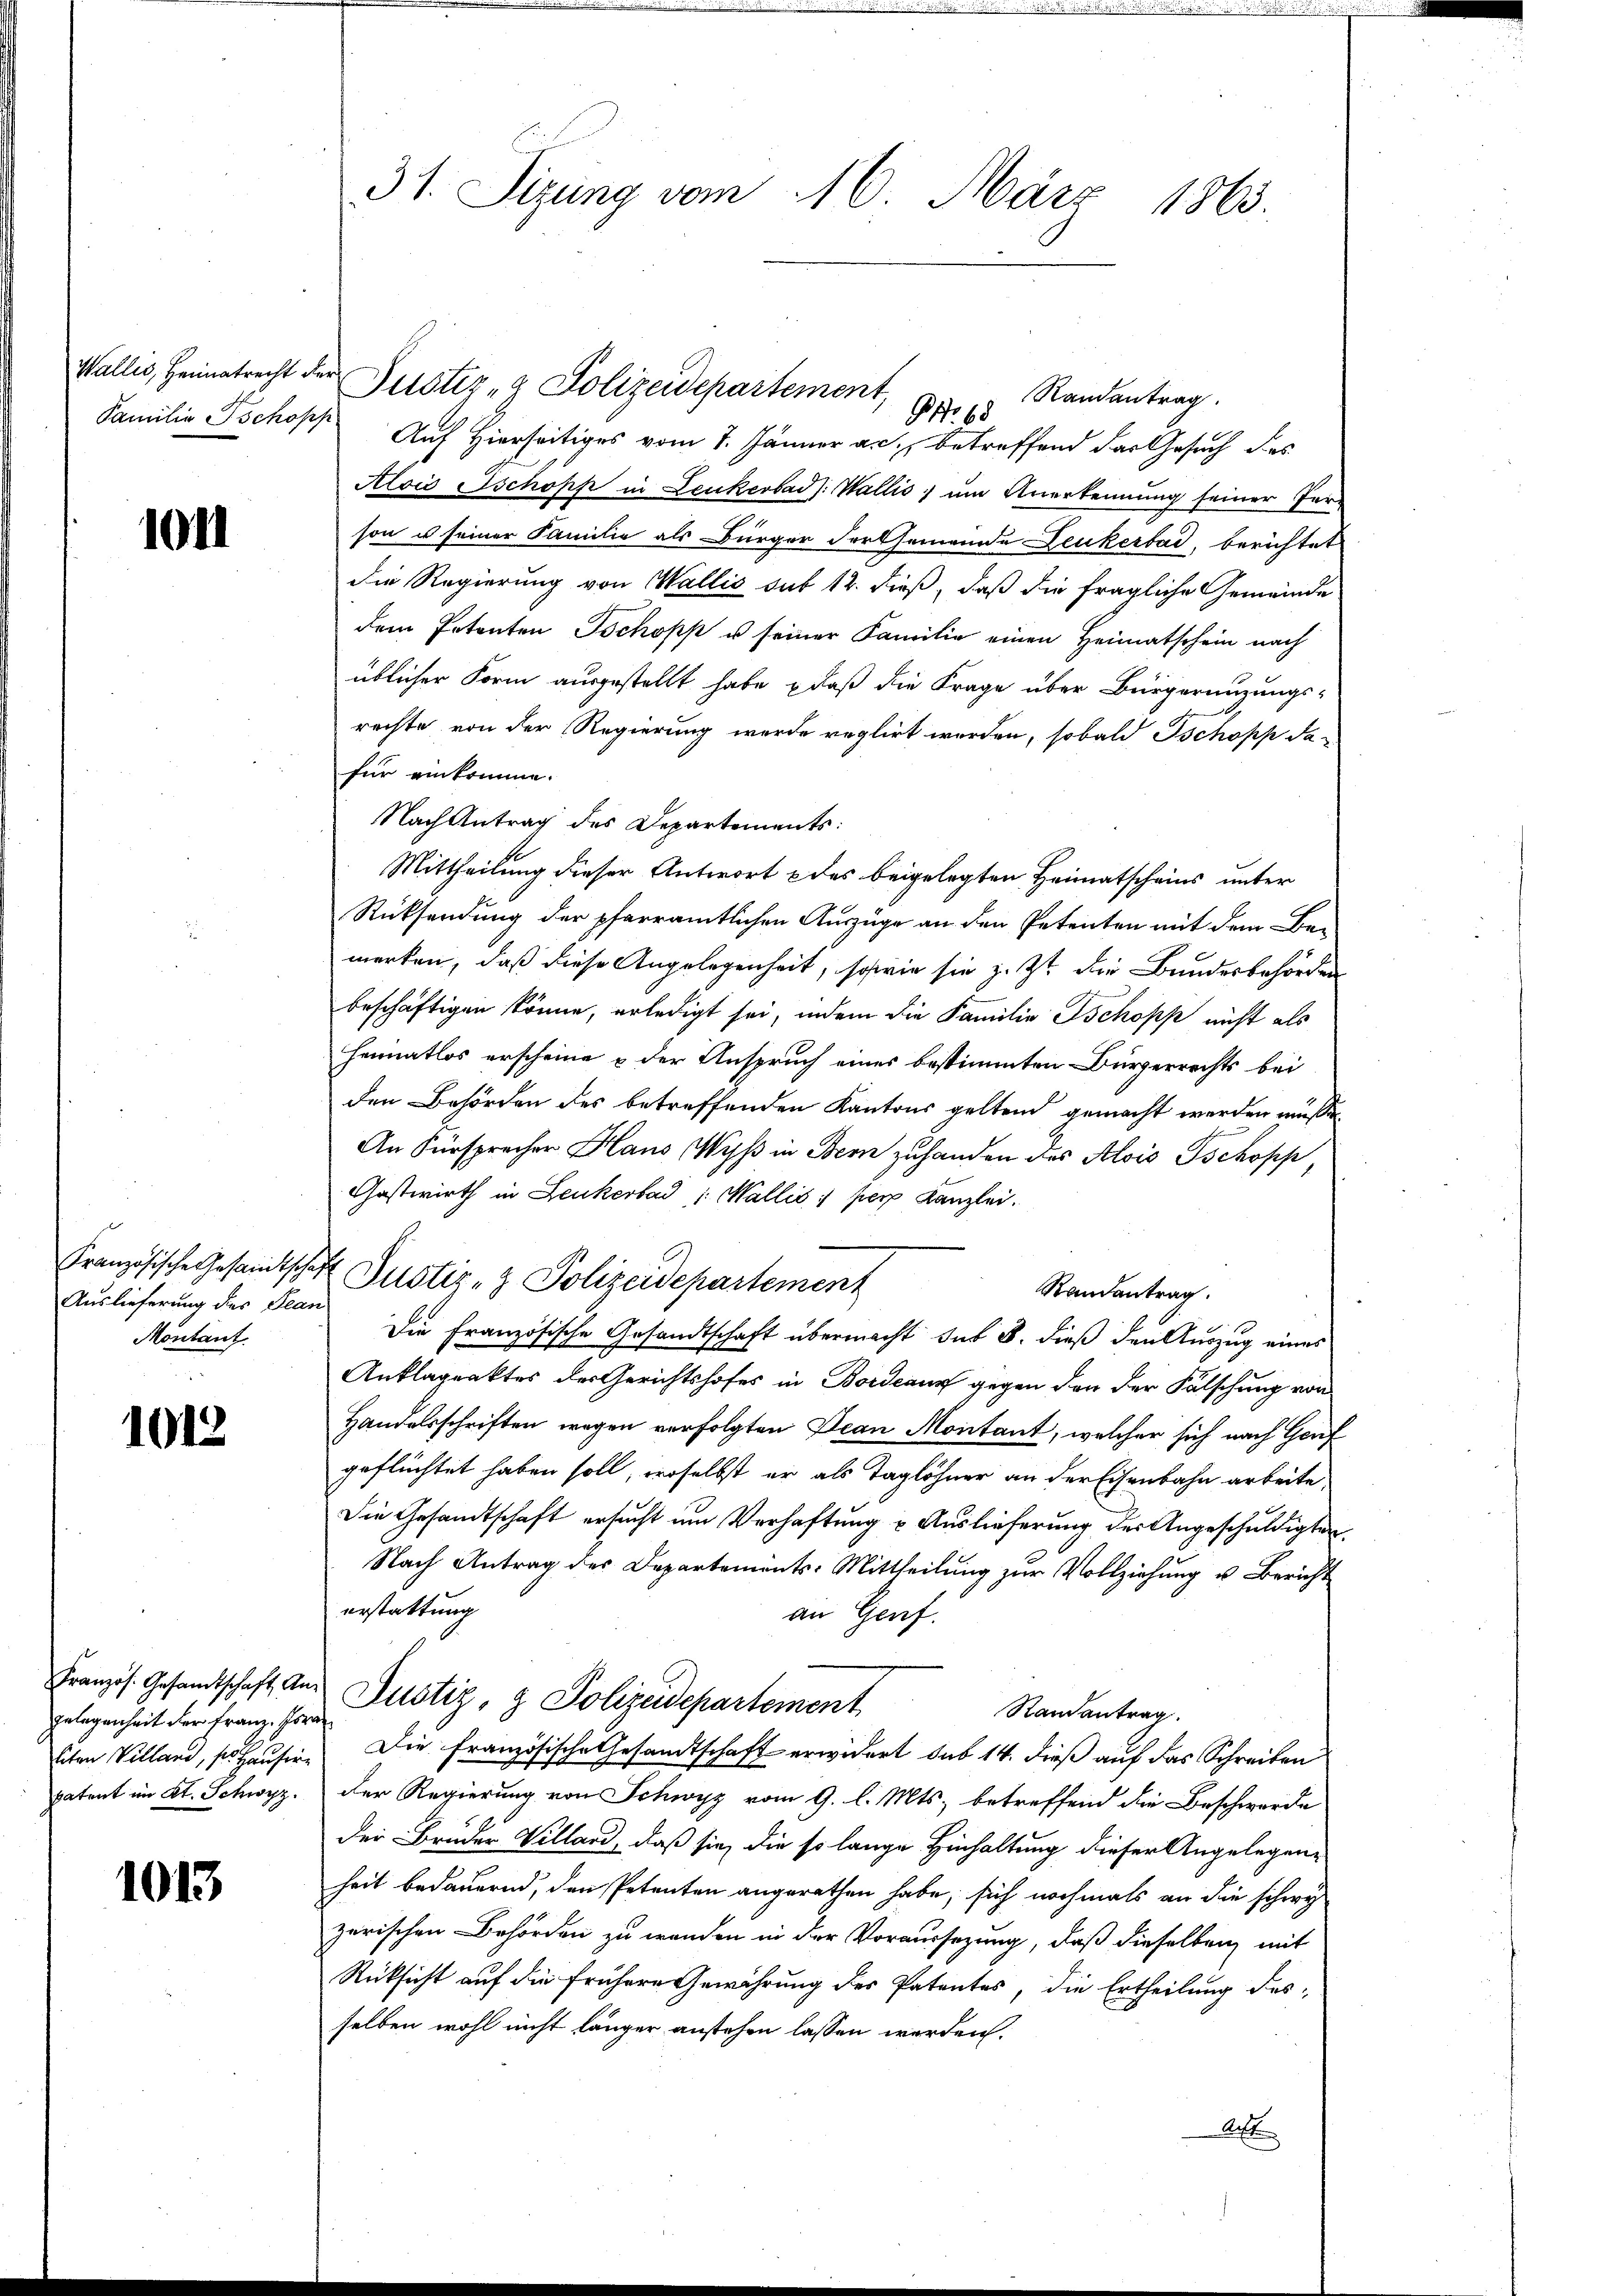
Wallis, Heimatrecht der
Familie schopp

1011

Auslieferung des Jean
Montant.

1012

gelegenheit der Franz. Israe
patent im Kt. Schwyz.

1013

Justiz- & Polizeidepartement,
Randantrag.
G. 88
Auf Hierseitiges vom 7. Jänner an, betreffend das Gesuch des
Alois schopf in Leukerbad): Wallis, um Anerkennung seiner Fer-
.
son u seiner Familie als Bürger Fortsemeinde Leukerbad, berichtet
die Regierung von Wallis sub 12. dieß, daß die fragliche Gemeinde
dem Petenten Ischopp u. seiner Familie einen Heimatschein nach
üblicher Form ausgestellt habe, daß die Frage über Bürgerenzungs-
rechte von der Regierung wurde reglirt werden, sobald Ischopp da-
für einkomme.
Nach Antrag des Departements:
Mittheilung dieser Antwort & des beigelegten Heimatscheins unter
Rücksendung der pfarramtlichen Auszüge an den Petenten mit dem Be-
merken, daß diese Angelegenheit, sowie sie z. Zt. die Bundesbehörden
beschäftigen könne, erledigt sei, indem die Familie schopp nicht als
Heimatlos erscheine & der Anspruch eines bestimmten Bürgerrechts bei
den Behörden des betreffenden Kantons geltend gemacht werden müssen
An Fürspracher Haus Wyß in Bern zuhanden des Alois Tschopp,
Gastwirth in Leukerbad 1. Wallis 1 perp Kanzlei.
Französische Gesamtschaft Justiz- & Polizeidepartement
Randantrag.
Die Französische Gesandtschaft übermacht sub 8. dieß den Auszug eines
Anklageaktes des Gerichtshofes in Bordeaus gegen den der Fälschung von
Handelsschriften wegen verfolgten Decan Montant, welcher sich nach Genf
geflüchtet haben soll, woselbst er als Taglöhner an der Eisenbahn arbeite,
Die Gesandtschaft ersucht um Verhaftung u Auslieferung der Angeschuldigten.
Nach Antrag des Departements-Mittheilung zur Vollziehung u. Bericht
erstattung
an Genf.
Französ. Gesandtschaft an Dustiz- & Polizeidepartement
Randantrag.
sten Villand, so Hauser. Die französische Gesandtschaft erwidert sub 14. dieß auf das Schreiben
der Regierung von Schwyz vom 9. l. Mts. betreffend die Beschwerde
der Bruder Villard, daß sie, die so lange Hinhaltung dieser Angelegenheit bedauernd, den Petenten angerathen habe, sich nochmals an die schwe
zerischen Behörden zu werden in der Voraussezung, daß dieselben mit
Rücksicht auf die frühere Gewährung des Patentes, die Ertheilung desselben wohl nicht länger anstehen lassen werden.
Ac

31. Sizung vom 16. März 1863.